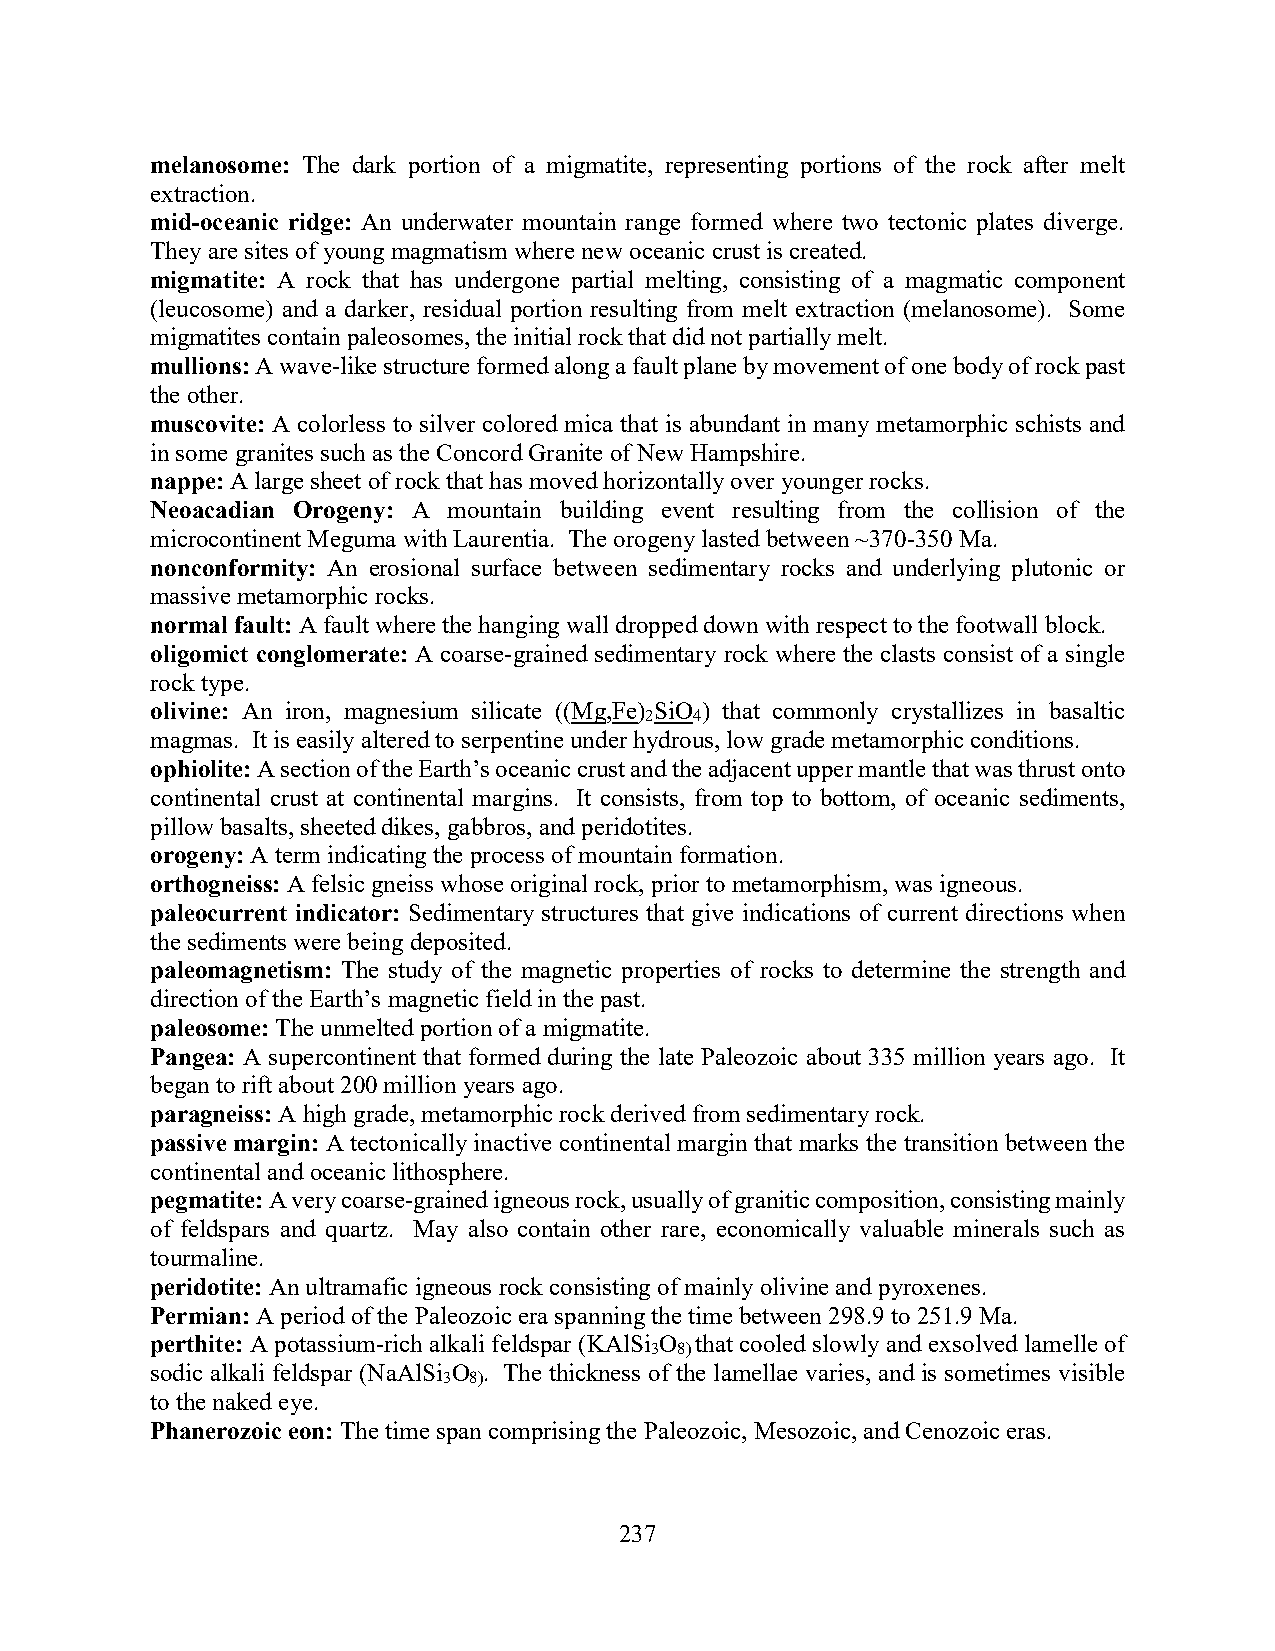
melanosome: The dark portion of a migmatite, representing portions of the rock after melt
 extraction.
 mid-oceanic ridge: An underwater mountain range formed where two tectonic plates diverge.
 They are sites of young magmatism where new oceanic crust is created.
 migmatite: A rock that has undergone partial melting, consisting of a magmatic component
 (leucosome) and a darker, residual portion resulting from melt extraction (melanosome). Some
 migmatites contain paleosomes, the initial rock that did not partially melt.
 mullions: A wave-like structure formed along a fault plane by movement of one body of rock past
 the other.
 muscovite: A colorless to silver colored mica that is abundant in many metamorphic schists and
 in some granites such as the Concord Granite of New Hampshire.
 nappe: A large sheet of rock that has moved horizontally over younger rocks.
 Neoacadian Orogeny: A mountain building event resulting from the collision of the
 microcontinent Meguma with Laurentia. The orogeny lasted between ~370-350 Ma.
 nonconformity: An erosional surface between sedimentary rocks and underlying plutonic or
 massive metamorphic rocks.
 normal fault: A fault where the hanging wall dropped down with respect to the footwall block.
 oligomict conglomerate: A coarse-grained sedimentary rock where the clasts consist of a single
 rock type.
 olivine: An iron, magnesium silicate ((Mg,Fe) SiO ) that commonly crystallizes in basaltic
 2  4
 magmas. It is easily altered to serpentine under hydrous, low grade metamorphic conditions.
 ophiolite: A section of the Earth’s oceanic crust and the adjacent upper mantle that was thrust onto
 continental crust at continental margins. It consists, from top to bottom, of oceanic sediments,
 pillow basalts, sheeted dikes, gabbros, and peridotites.
 orogeny: A term indicating the process of mountain formation.
 orthogneiss: A felsic gneiss whose original rock, prior to metamorphism, was igneous.
 paleocurrent indicator: Sedimentary structures that give indications of current directions when
 the sediments were being deposited.
 paleomagnetism: The study of the magnetic properties of rocks to determine the strength and
 direction of the Earth’s magnetic field in the past.
 paleosome: The unmelted portion of a migmatite.
 Pangea: A supercontinent that formed during the late Paleozoic about 335 million years ago. It
 began to rift about 200 million years ago.
 paragneiss: A high grade, metamorphic rock derived from sedimentary rock.
 passive margin: A tectonically inactive continental margin that marks the transition between the
 continental and oceanic lithosphere.
 pegmatite: A very coarse-grained igneous rock, usually of granitic composition, consisting mainly
 of feldspars and quartz. May also contain other rare, economically valuable minerals such as
 tourmaline.
 peridotite: An ultramafic igneous rock consisting of mainly olivine and pyroxenes.
 Permian: A period of the Paleozoic era spanning the time between 298.9 to 251.9 Ma.
 perthite: A potassium-rich alkali feldspar (KAlSi O that cooled slowly and exsolved lamelle of
 3 8)
 sodic alkali feldspar (NaAlSi O . The thickness of the lamellae varies, and is sometimes visible
 3 8)
 to the naked eye.
 Phanerozoic eon: The time span comprising the Paleozoic, Mesozoic, and Cenozoic eras.
 237